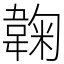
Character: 䪕